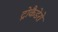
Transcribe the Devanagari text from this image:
ट्रोकैडेरो